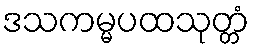
ဒသကမ္မပထသုတ္တံ